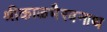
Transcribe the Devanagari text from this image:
श्रीकाळभैरवनाथ